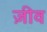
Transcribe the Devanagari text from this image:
ज़ीव